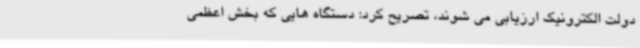
دولت الکترونیک ارزیابی می شوند، تصریح کرد: دستگاه هایی که بخش اعظمی